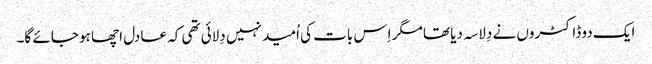
ایک دو ڈاکٹروں نے دِلاسہ دیا تھا مگر اِس بات کی اُمید نہیں دِلائی تھی کہ عادل اچھا ہو جائے گا۔